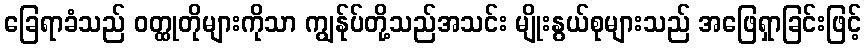
ခြေရာခံသည် ဝတ္ထုတိုများကိုသာ ကျွန်ုပ်တို့သည်အသင်း မျိုးနွယ်စုများသည် အဖြေရှာခြင်းဖြင့်